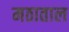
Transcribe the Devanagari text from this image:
मठाताल